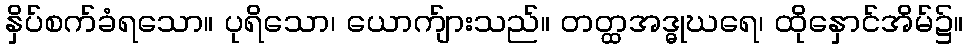
နှိပ်စက်ခံရသော။ ပုရိသော၊ ယောက်ျားသည်။ တတ္ထအဒ္ဓုဃရေ၊ ထိုနှောင်အိမ်၌။